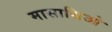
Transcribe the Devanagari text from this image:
मासाच्चिओ